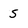
Character: 5